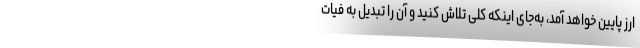
ارز پایین خواهد آمد، به‌جای اینکه کلی تلاش کنید و آن را تبدیل به فیات